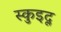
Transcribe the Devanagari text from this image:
स्कुइदू